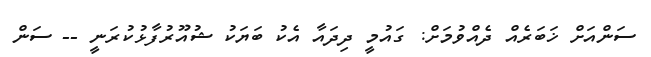
ސަންއަށް ޚަބަރެއް ދެއްވުމަށް: ގައުމީ ދިދައާ އެކު ބަޔަކު ޝުއޫރުފާޅުކުރަނީ -- ސަން